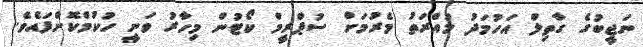
ނަޖީބުގެ ގާތިލް އަހުމަދު މުއްރަތު މެރުމަށް ސުޕްރީމް ކޯޓުން މިހާރު ވަނީ ހުކުމްކޮށްފައެވެ.